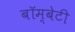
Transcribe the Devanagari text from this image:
बॉम्बेटी